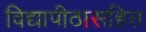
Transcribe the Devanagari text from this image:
विद्यापीठासहित